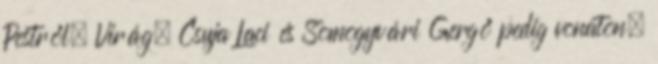
Pestről. Virág, Csuja Laci és Somogyvári Gergő pedig vonaton,